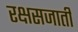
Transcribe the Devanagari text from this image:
रक्षसजाती